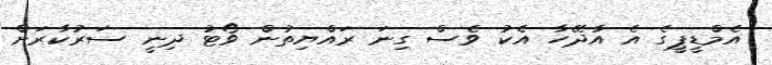
އެމްޑީޕީގެ އެ އާދޭހާ އެކު ވެސް ގިނަ ރައްޔިތުން ވޯޓު ދިނީ ސަރުކާރަށް